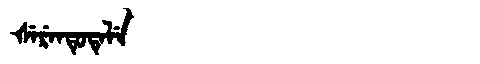
Manchu: ᡧᡝᡵᡝᠨᡨᡠᡨᡝᠯᡝ
Romanization: ŠERENTUTELE